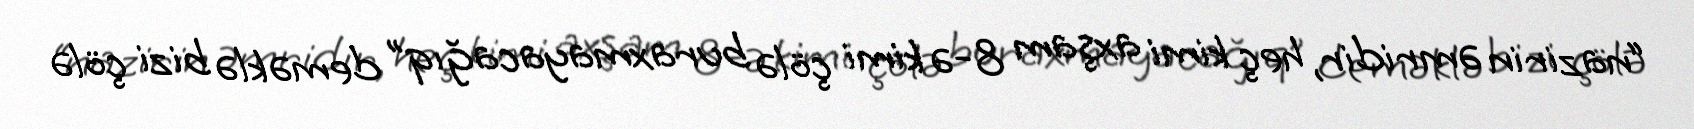
“nazirin əmridir, heç kimi axşam 8-ə kimi çölə buraxmayacağıq” deməklə bizi çölə